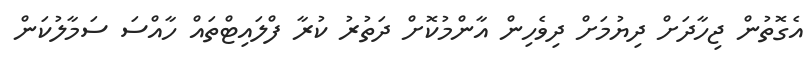
އެގޮތުން ޖިހާދަށް ދިޔުމަށް ދިވެހިން އާންމުކޮށް ދަތުރު ކުރާ ފްލައިޓްތައް ހާއްސަ ސަމާލުކަން